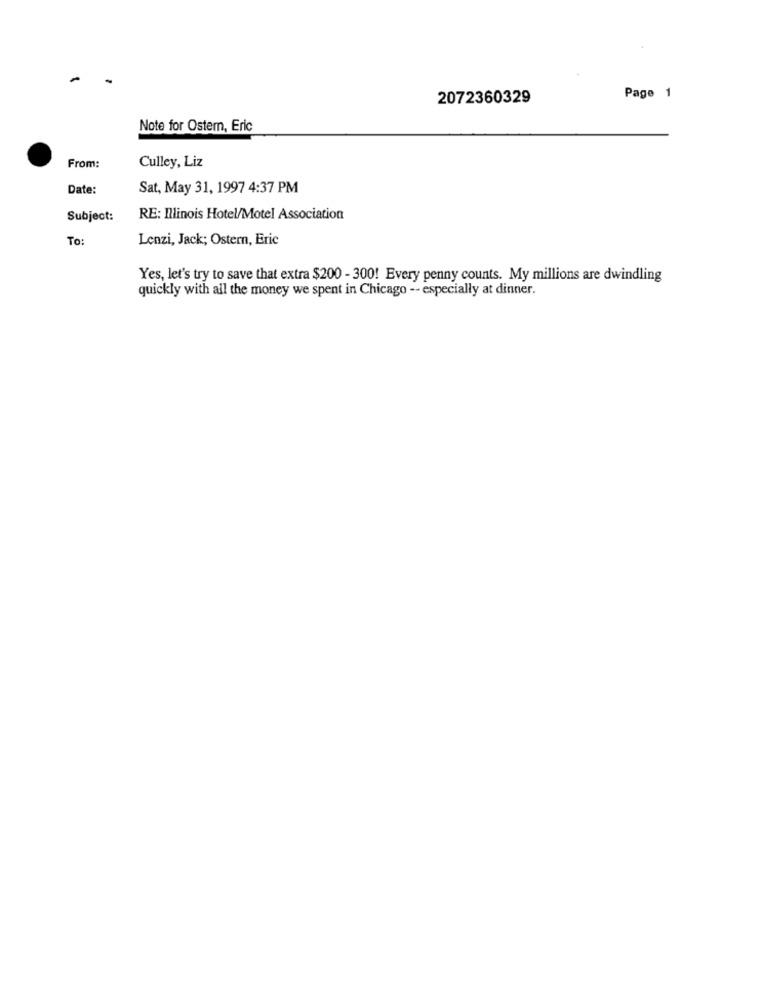
2072360329
Page 1
Note for Ostem, Eric
From:
Culley, Liz
Date:
Sat, May 31, 1997 4:37 PM
Subject:
RE: Illinois Hotel/Motel Association
To:
Lenzi, Jack; Ostern, Eric
Yes, let's try to save that extra $200 - 300! Every penny counts. My millions are dwindling
quickly with all the money we spent in Chicago -- especially at dinner.